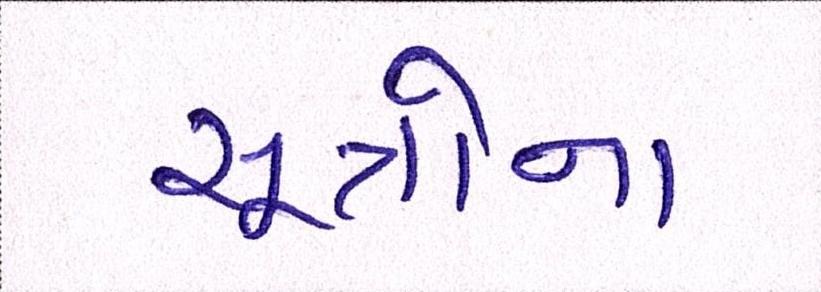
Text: સૂત્રોના